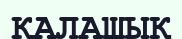
ҚАЛАШЫҚ